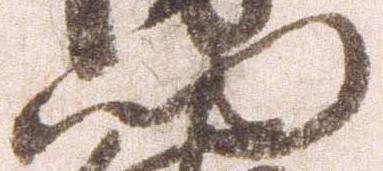
門